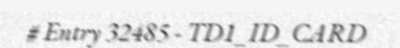
# Entry 32485 - TD1_ID_CARD